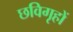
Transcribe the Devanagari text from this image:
छविगृहों